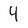
Character: 4